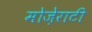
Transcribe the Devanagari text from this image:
मोज़ेराटी